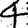
Digit: 4